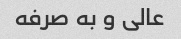
عالی و به صرفه